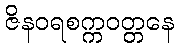
ဇိနဝရစက္ကဝတ္တနေ